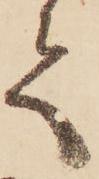
て